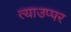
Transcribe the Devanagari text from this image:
त्याउप्पर